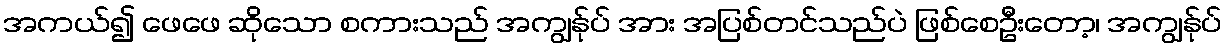
အကယ်၍ ဖေဖေ ဆိုသော စကားသည် အကျွန်ုပ် အား အပြစ်တင်သည်ပဲ ဖြစ်စေဦးတော့၊ အကျွန်ုပ်